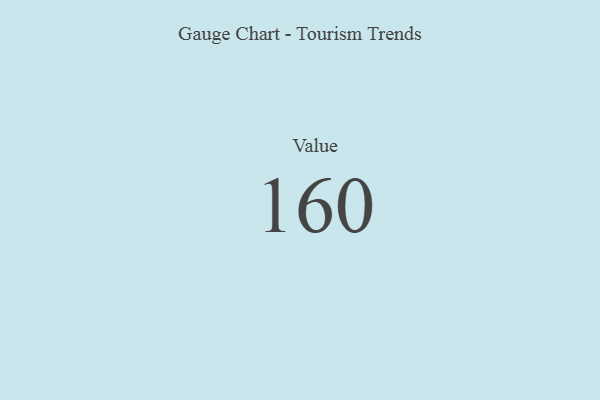
{"axis": {"x": "Metric", "y": "Value"}, "legend": [""], "data": [{"x": "Value", "y": 160, "type": ""}]}